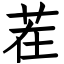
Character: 茬